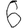
Digit: 6